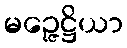
မဉ္ဇေဋ္ဌိယာ